Lunatic asylums Punjab 1881-1894 - 1881-1894
Year: 1881
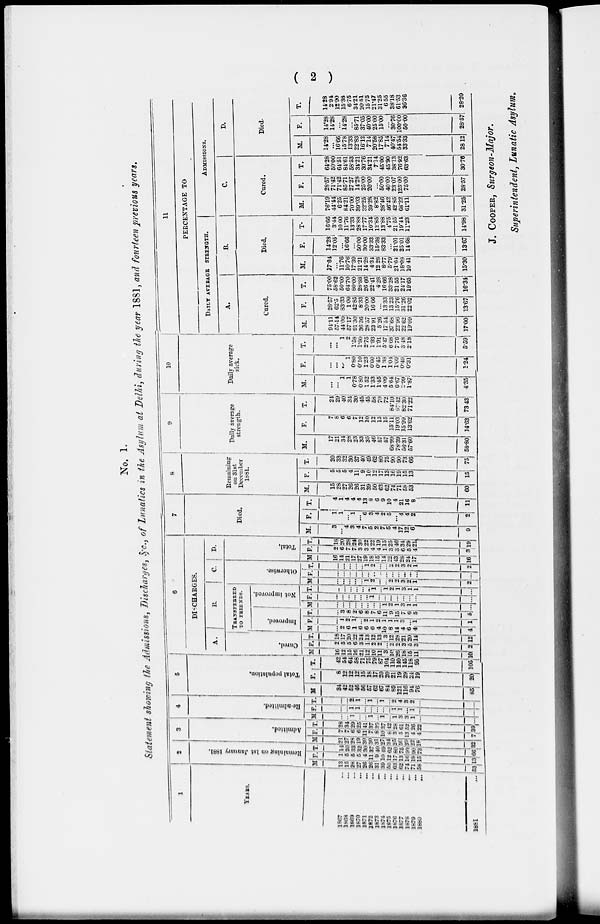
( 2 )
No. 1.
Statement showing the Admissions, Discharges, &c., of Lunatics in the Asylum at Delhi, during the year 1881, and fourteen previous years.
1
YEARS.
1867
...
1868 ...
1869 ...
1870 ...
1871 ...
1872
...
1873
...
1874
...
1875 ...
1876 ...
1877
...
1878
...
1879
...
1880 ...
1881
...
2
Remaining
on 1st January 1881.
M.
13
15
28
27
26
26
31
39
50
63
62
74
71
58
53
F.
1
5
5
5
4
11
9
10
12
17
13
16
19 15
13
T.
14 20
33
32
30
37
40
49
62
89
75
99
90
73
66
3
Admitted.
M.
2l
27 28
19
30
30
3l
27
34
25
56
39
22
18
32
F.
7
7
6
6
11
7
8
10
8
3
5
13
4
4
7
T.
28
34
20
29
41
37
39
37
42
28
61
52
26
22
39
4
Re-admitted.
M.
...
...
1
...
...
1
...
1
...
1
3
3
1
...
...
F.
...
...
1
1
...
...
...
....
...
1
1
...
1
...
. . .
T.
...
...
2
1
...
1
...
1
...
2
4
3
2
...
...
5
Total population.
M
34
42
52
46
56
57
62
67
84
89
121
116
94
76
85
F.
8
12
12
12
15
18
17
20
20
21
19
29
24
19
20
T.
42
54
64
58
71
75
79
87
104
110
140
145
118
95
105
6
DISCHARGES.
A.
Cured.
M.
16
12
15
16 21
12
10
11
3 10
26
18
15
11
10
F.
2
5
5
6
3
1
2
2
...
2
2
3
5
3
2
T.
18
17
20
22
24
13
12
13
3
12
28
21
20
14
12
B.
TRANSFERRED
TO FRIENDS.
Improved.
M
...
2
6
1
6
6
6
4
10
8
14
4
6
4
4
F.
...
1
2
1
...
2
1
2
1
1
1
3
... 1
1
T.
...
3 8
2
6
8
7
6
11
9
15
7
6
5
5
Not improved.
M.
...
...
...
...
...
...
...
...
1 2
1
3 1
1
...
F.
...
...
...
...
...
...
1
...
...
...
...
...
...
...
...
T. ...
...
...
...
...
...
1
...
1
2
1
3
1
1
...
C.
Otherwise.
M.
...
...
...
...
...
1
2
...
...
2
2
3
2
l
2
F.
...
...
...
...
...
...
...
...
...
...
...
2
...
...
...
T.
...
...
...
...
...
1
2
...
...
2
2
3
2
1
2
D.
Total.
M
16
14
21
17
27
19
18
15
14
22
43
28
24
17
16
F.
2
6
7
7
3
3
4
4
1
3
3
6
5
4
3
T.
18
20
28
24
30
22
22
19
15
25
46
34
29
21
19
7
Died.
M.
3
...
4
3
4
7
5
2
7
5
4
17
12
6
9
F.
1
1
... 1
...
6
3
4
2
5
...
4
4
2
2
T.
4 1
4
4
4
13
8
6
9
10
4
21
16
8
1l
8
Remaining
on 31st
December
1881.
M.
15
28
27
26
26
31
39
50
63
62
74
71
58
53
60
F.
5
5
5
4
11
9
10
12
17
13
16
19
15
13
15
T.
20
33
32
30
37
40
49
62
80
75
90
90
73
66
75
9
Daily average
strength.
M.
17
21
34
28
23
33
35
46
57
57
68.99
78.39
56.31
57.60
58.80
F.
7
8
6
6
7
12
10
12
13
15
15.11
19.03
15.99
13.62
14.63
T.
24
29
40
34
30
45
45
58
70
72
84.10
97.42
82.30
71.22
73.43
10
Daily average
sick.
M.
...
...
1
1
0.78
0.80
1.52
1.33
1.45
4.09
5.64
6.67
2.99
1.87
4.35
F.
...
...
...
1
0.80
0.10
1.23
0.60
0.45
1.38
1.04
1.09
0.49
0.31
1.24
T.
...
...
1
2
1.58
1.90
2.75
1.93
1.91
5.47
6.68
7.76
3.48
2.18
5.59
11
PERCENTAGE TO
DAILY AVERAGE STRENGTH.
A.
Cared.
M.
94.11
57.14
44.00
57.17
91.30
36.36
28.57
23.91
5.26
17.54
37.68
22.96
22.62
19.09
17.00
F.
28.57
62.5
83.33
1.00
42.85
8.33
20.00
16.66
...
13.33
13.23
15.76
31.26
22.02
13.67
T.
75.00
58.62
50.00
64.70
80.00
28.88
26.66
22.41
4.28
16.66
33.28
21.55
24.17
19.65
16.34
B.
Died.
M.
17.64
...
11.76
10.76
17.39
21.21
14.28
4.34
12.28
8.77
5.79
21.64
18.03
10.41
15.30
F.
14.28
12.05
...
16.66
...
50.00
30.00
33.33
15.38
83.33
...
21.01
25.01
14.68
13.67
T.
16.66
3.44
10.00
11.76
13.33
28.88
17.77
10.34
12.85
13.88
4.75
21.55
19.44
11.23
14.98
ADMISSIONS.
C.
Cured.
M.
76.19
44.44
6.25
84.21
70.00
39.03
32.25
39.28
8.82
38.46
46.42
42.85
68.22
61.11
31.25
F.
28.57
71.42
71.42
85.71
27.27
14.28
25.00
20.00
...
50.00
400.0
23.07
125.00
75.00
28.57
T.
64.28
50.00
64.5l
84.61
58.53
34.21
30.76
34.21
7.14
45.00
45.90
38.13
76.92
63.63
30.76
D.
Died.
M.
14.28
...
16.66
15.78
13.33
22.83
16.12
7.14
20.58
17.85
7.14
40.47
54.54
33.33
28.12
F.
14.28
14.28
...
14.28
...
85.71
37.05
40.00
25.00
15.00
...
30.76
100.00
50.00
28.57
T.
14.28
2.94
12.90
15.38
6.75
34.21
20.51
15.75
21.47
31.25
6.55
38.18
61.53
36.36
28.20
J. COOPER, Surgeon-Major.
Superintendent, Lunatic Asylum.